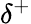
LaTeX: \delta^{+}